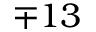
\mp 1 3